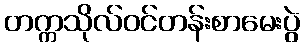
တက္ကသိုလ်ဝင်တန်းစာမေးပွဲ